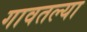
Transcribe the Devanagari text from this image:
गावतल्या